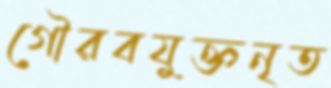
গৌরবযুক্তনৃত